Report on horse surra - Volume II, Part II
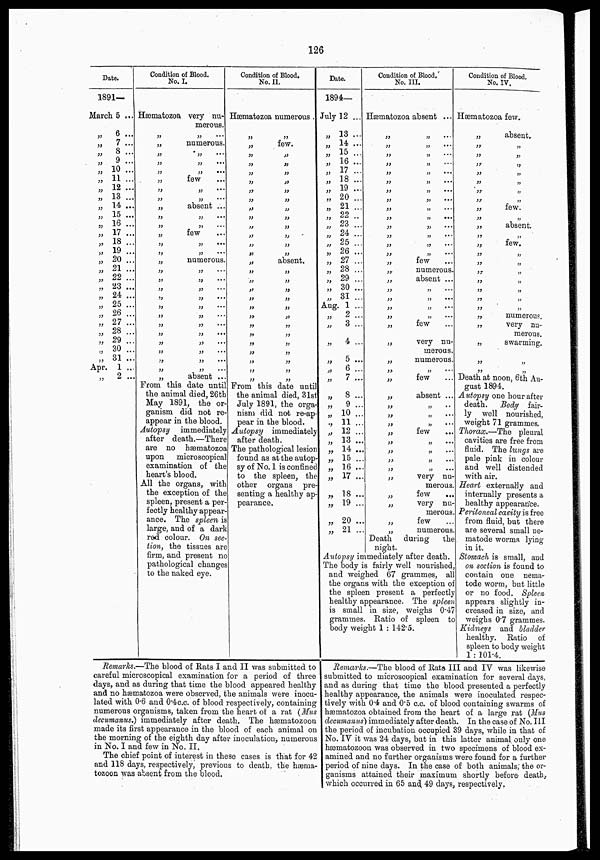
126
Date.
1891—
March 5 ...
„ 6 ...
„ 7 ...
„
8...
„ 9 ...
„ 10 ...
„ 11 ...
„
12 ...
„ 13 ...
„ 14 ...
„
15 ...
„
16 ...
„
17 ...
„ 18 ...
„ 19 ...
„ 20 ...
„ 21 ...
„ 22 ...
„ 23 ...
„ 24 ...
„
25 ...
„ 26 ...
„
27 ...
„ 28 ...
„
29 ...
„ 30 ...
„ 31 ...
Apr. 1 ...
„
2 ...
Condition of Blood.
No. I.
Hæmatozoa very nu-
merous.
„ „ ...
„
numerous.
„ „ ...
„ „ ...
„ „ ....
„
few
„ „ ...
„ „
„
absent ...
„ „ ...
„ „ ...
„
few
„ „ ...
„ „
„
numerous.
„ „
„ „ „
„ „
„ „
„ „
„ „
„ „
„ „ ...
„ „
„ „
„ „ ...
„ „
„
absent ...
From this date until
the animal died, 26th
May 1891, the or-
ganism did not re-
appear in the blood.
Autopsy
immediately
after death.—There
are no hæmatozoa
upon
microscopical
examination of the
heart's blood.
All the organs, with
the exception of the
spleen, present a per-
fectly healthy appear-
ance. The spleen is
large, and of a dark
red colour. On sec-
tion, the tissues are
firm, and present no
pathological changes
to the naked eye.
Condition of Blood.
No. II.
Hæmatozoa numerous .
„ „
„
few.
„ „
„ „
„ „
„ „
„ „
„ „
„ „
„ „
„ „
„ „
„ „
„ „
„
absent.
„ „
„ „
„ „
„ „
„ „
„ „
„ „
„ „
„ „
„ „
„ „
„ „
„ „
From this date until
the animal died, 31st
July 1891, the orga-
nism did not re-ap-
pear in the blood.
Autopsy
immediately
after death.
The pathological lesion
found as at the autop-
sy of No. 1 is confined
to the spleen, the
other organs pre-
senting a healthy ap-
pearance.
Remarks.—The blood of Rats I and II was submitted to
careful microscopical examination for a period of three
days, and as during that time the blood appeared healthy
and no hæmatozoa were observed, the animals were inocu-
lated with 0.6 and 0.4c.c. of blood respectively, containing
numerous organisms, taken from the heart of a rat (Mus
decumanus.) immediately after death. The hæmatozoon
made its first appearance in the blood of each animal on
the morning of the eighth day after inoculation, numerous
in No. I and few in No. II.
The chief point of interest in these cases is that for 42
and 118 days, respectively, previous to death, the hæma¬
tozoon was absent from the blood.
Date.
1894—
July 12 ...
„ 13 ...
„ 14 ...
„
15 ....
„ 16 ...
„ 17 ...
„ 18 ...
„ 19 ...
„ 20 ...
„
21 ...
„ 22 ...
„
23 ...
„
24 ...
„
25 ...
„ 26 ...
„ 27 ...
„ 28 ...
„
29 ...
„ 30 ...
„ 31 ...
Aug. 1 ...
„
2 ...
„
3 ...
„ 4 ...
„ 5 ...
„ 6 ...
„
7 ...
„ 8 ...
„
9 ...
„ 10 ...
., 11 ...
„ 12 ...
„ 13 ...
„ 14 ..
„ 15 ...
„ 16 ..
„
17 ...
„
18...
„
19 ..
„ 20 ..
„
21 ..
Condition of Blood,
No. III.
Hæmatozoa absent ...
„ „ ...
„ „ ...
„ „ ...
„ „
„ „ ...
„ „ ...
„ „ ...
„ „ ...
„ „ ...
„ „ ...
„ „ ....
„ „ ...
„ „ ...
„ „ ...
„ few
...
„
numerous.
„
absent ...
„ „
„ „
„ „ ...
„ „ ...
„
few
...
„
very nu-
merous.
„
numerous.
„ „ ...
„
few
„
absent ...
„ „ ...
„ „ ...
„ „ ...
„
few
„ „ ...
„ „
„ „
„ „ ...
„
very nu-
merous.
„
few
„
very nu-
merous.
„
few
„
numerous.
Death during
the
night.
Autopsy immediately after death.
The body is fairly well nourished,
and weighed 67 grammes, all
the organs with the exception of
the spleen present a perfectly
healthy appearance. The spleen
is small in size, weighs 0.47
grammes. Ratio of spleen to
body weight 1 : 142.5.
Condition of Blood.
No. IV.
Hæmatozoa few.
„
absent.
„ „
„ „
„ „
„
„
„ „
„ „
„ „
„
few.
„ „
„
absent.
„ „
„
few.
„ „
„ „
„ „
„ „
„ „
„ „
„ „
„
numerous.
„
very nu-
merous.
„
swarming.
„ „
„ „
Death at noon, 6th Au-
gust 1894.
Autopsy one hour after
death. Body fair-
ly well nourished,
weight 71 grammes.
Thorax.—The pleural
cavities are free from
fluid. The lungs are
pale pink in colour
and well distended
with air.
Heart externally and
internally presents a
healthy appeararice.
Peritoneal cavity is free
from fluid, but there
are several small ne-
matode worms lying
in it.
Stomach is small, and
on section is found to
contain one nema-
tode worm, but little
or no food. Spleen
appears slightly in-
creased in size, and
weighs 0.7 grammes.
Kidneys and bladder
healthy. Ratio of
spleen to body weight
1 : 101.4.
Remarks.—The blood of Rats III and IV was likewise
submitted to microscopical examination for several days,
and as during that time the blood presented a perfectly
healthy appearance, the animals were inoculated respec-
tively with 0.4 and 0.5 c.c. of blood containing swarms of
hæmatozoa obtained from the heart of a large rat (Mus
decumanus) immediately after death. In the case of No. III
the period of incubation occupied 39 days, while in that of
No. IV it was 24 days, but in this latter animal only one
hæmatozoon was observed in two specimens of blood ex-
amined and no further organisms were found for a further
period of nine days. In the case of both animals ; the or-
ganisms attained their maximum shortly before death,
which occurred in 65 and 49 days, respectively.